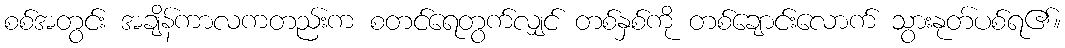
စစ်အတွင်း အချိန်ကာလကတည်းက စတင်ရေတွက်လျှင် တစ်နှစ်ကို တစ်ချောင်းလောက် သွားနုတ်ပစ်ရ၏။